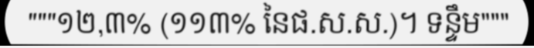
"""១២,៣% (១១៣% នៃផ.ស.ស.)។ ទន្ទឹម"""